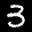
Label: 3